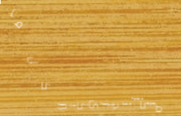
مركز تجاري كبير: كل ما تح